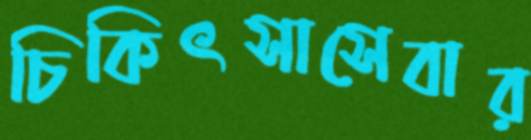
চিকিৎসাসেবার